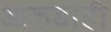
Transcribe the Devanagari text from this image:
आकडाही